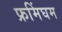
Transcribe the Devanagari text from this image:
फ्रमिंघम